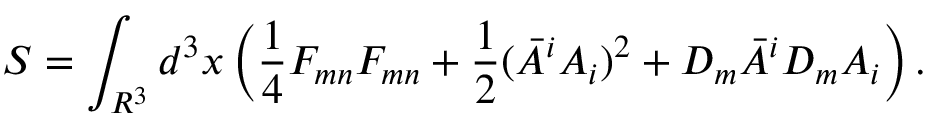
S = \int _ { R ^ { 3 } } d ^ { 3 } x \left( \frac { 1 } { 4 } F _ { m n } F _ { m n } + \frac { 1 } { 2 } ( { \bar { A } } ^ { i } A _ { i } ) ^ { 2 } + D _ { m } { \bar { A } } ^ { i } D _ { m } A _ { i } \right) .